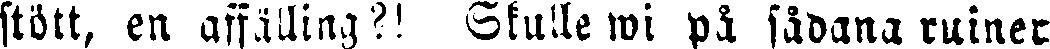
stött, en affälling?! Skulle wi på sådana ruiner